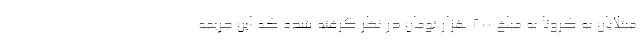
مبتلایان به کرونا به مبلغ ۲۰۰ هزار تومان در نظر گرفته شده که این جریمه